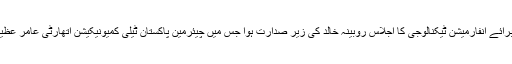
سینیٹ کی قائمہ کمیٹی برائے انفارمیشن ٹیکنالوجی کا اجلاس روبینہ خالد کی زیر صدارت ہوا جس میں چیئرمین پاکستان ٹیلی کمیونیکیشن اتھارٹی عامر عظیم باجوہ نے بریفنگ دی۔